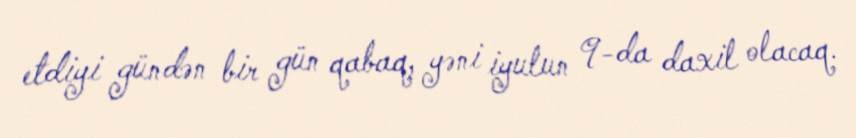
etdiyi gündən bir gün qabaq, yəni iyulun 9-da daxil olacaq.